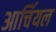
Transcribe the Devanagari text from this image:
आर्चियल